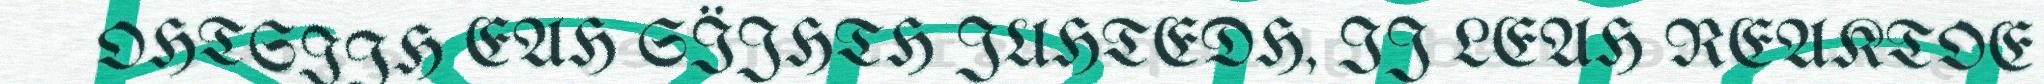
OHTSIJH EAH SÏJHTH JUHTEDH, IJ LEAH REAKTOE